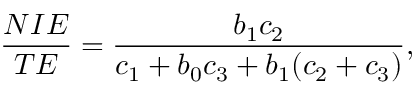
{ \frac { N I E } { T E } } = { \frac { b _ { 1 } c _ { 2 } } { c _ { 1 } + b _ { 0 } c _ { 3 } + b _ { 1 } ( c _ { 2 } + c _ { 3 } ) } } ,